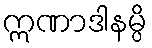
ဣဏာဒါနမ္ပိ